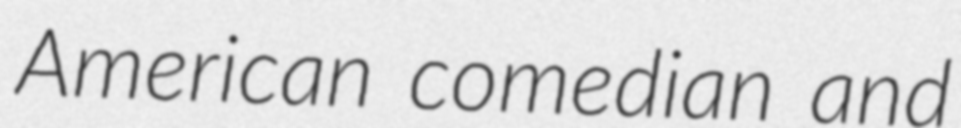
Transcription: American comedian and